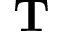
\mathbf { T }